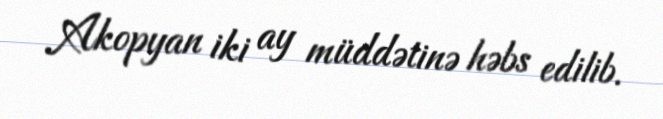
Akopyan iki ay müddətinə həbs edilib.